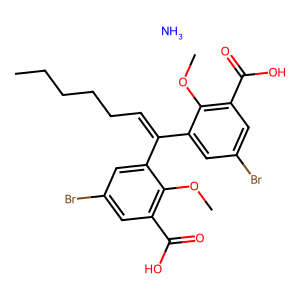
SMILES: CCCCCC=C(c1cc(Br)cc(C(=O)O)c1OC)c1cc(Br)cc(C(=O)O)c1OC.N
Inhibits HIV replication: Yes